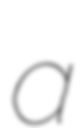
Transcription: a